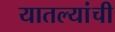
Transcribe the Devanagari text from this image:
यातल्यांची